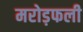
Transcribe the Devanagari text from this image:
मरोड़फली